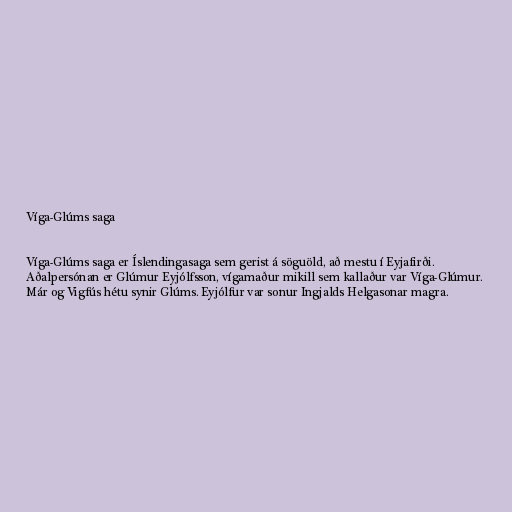
Víga-Glúms saga

Víga-Glúms saga er Íslendingasaga sem gerist á söguöld, að mestu í Eyjafirði.
Aðalpersónan er Glúmur Eyjólfsson, vígamaður mikill sem kallaður var Víga-Glúmur.
Már og Vigfús hétu synir Glúms. Eyjólfur var sonur Ingjalds Helgasonar magra.